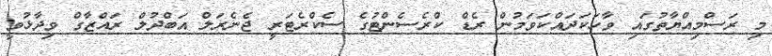
މި ރަސްމިއްޔާތުގައި ވާހަކަދައްކަވަމުން ރެޑް ކްރެސެންޓުގެ ސެކްރެޓަރީ ޖެނެރަލް އަބްދުލް ރައްޒާގް ވިދާޅުވީ